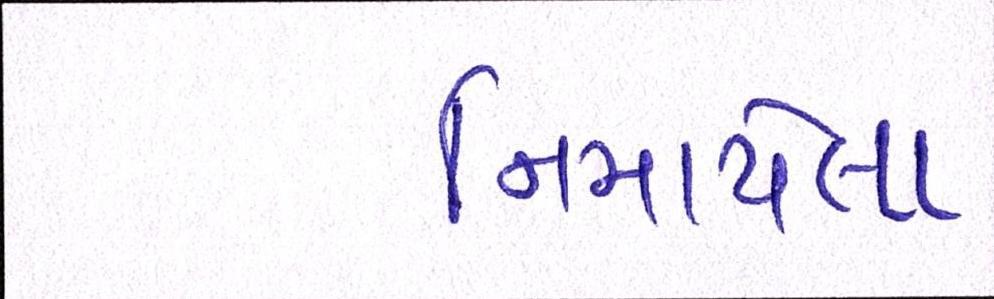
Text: નિમાયેલા